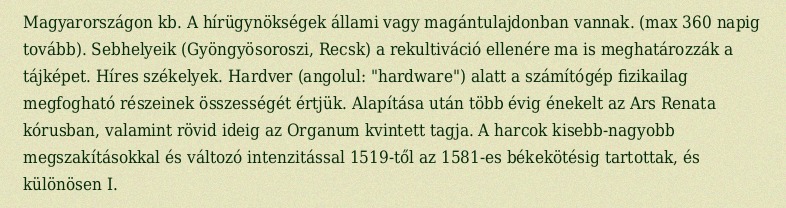
Magyarországon kb. A hírügynökségek állami vagy magántulajdonban vannak. (max 360 napig tovább). Sebhelyeik (Gyöngyösoroszi, Recsk) a rekultiváció ellenére ma is meghatározzák a tájképet. Híres székelyek. Hardver (angolul: "hardware") alatt a számítógép fizikailag megfogható részeinek összességét értjük. Alapítása után több évig énekelt az Ars Renata kórusban, valamint rövid ideig az Organum kvintett tagja. A harcok kisebb-nagyobb megszakításokkal és változó intenzitással 1519-től az 1581-es békekötésig tartottak, és különösen I.